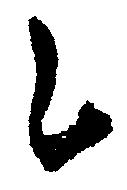
乙